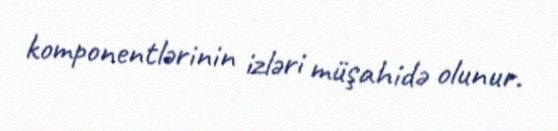
komponentlərinin izləri müşahidə olunur.